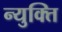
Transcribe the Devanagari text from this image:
न्युक्ति